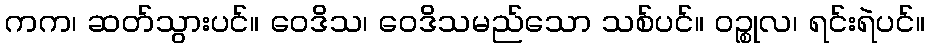
ကက၊ ဆတ်သွားပင်။ ဝေဒိသ၊ ဝေဒိသမည်သော သစ်ပင်။ ဝဉ္စုလ၊ ရင်းရဲပင်။